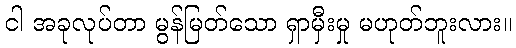
ငါ အခုလုပ်တာ မွန်မြတ်သော ရှာမှီးမှု မဟုတ်ဘူးလား။